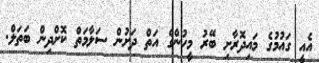
އެއީ ގައުމުގެ މައިދޮރާށި ބޭރު މީހުންގެ އަތް ދަށުން ސަލާމަތް ކޮށްދިން ބަތަލް.